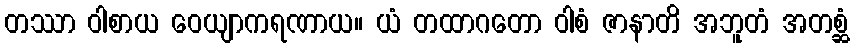
တဿာ ဝါစာယ ဝေယျာကရဏာယ။ ယံ တထာဂတော ဝါစံ ဇာနာတိ အဘူတံ အတစ္ဆံ